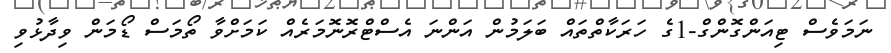
ނަމަވެސް ޓިއަންގޮންގް-1ގެ ހަރަކާތްތައް ބަލަމުން އަންނަ އެސްޓްރޮނޮމަރެއް ކަމަށްވާ ތޯމަސް ޑޯމަން ވިދާޅުވި